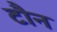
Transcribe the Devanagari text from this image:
टौन